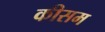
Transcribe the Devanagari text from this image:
कीसम